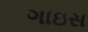
ગાઇસ